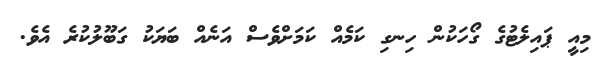
މިއީ ޕައިލެޓުގެ ގޯހަކުން ހިނގި ކަމެއް ކަމަށްވެސް އަނެއް ބަޔަކު ގަބޫލުކުރެ އެވެ.